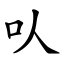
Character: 㕥